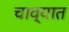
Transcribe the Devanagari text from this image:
चाव्यात